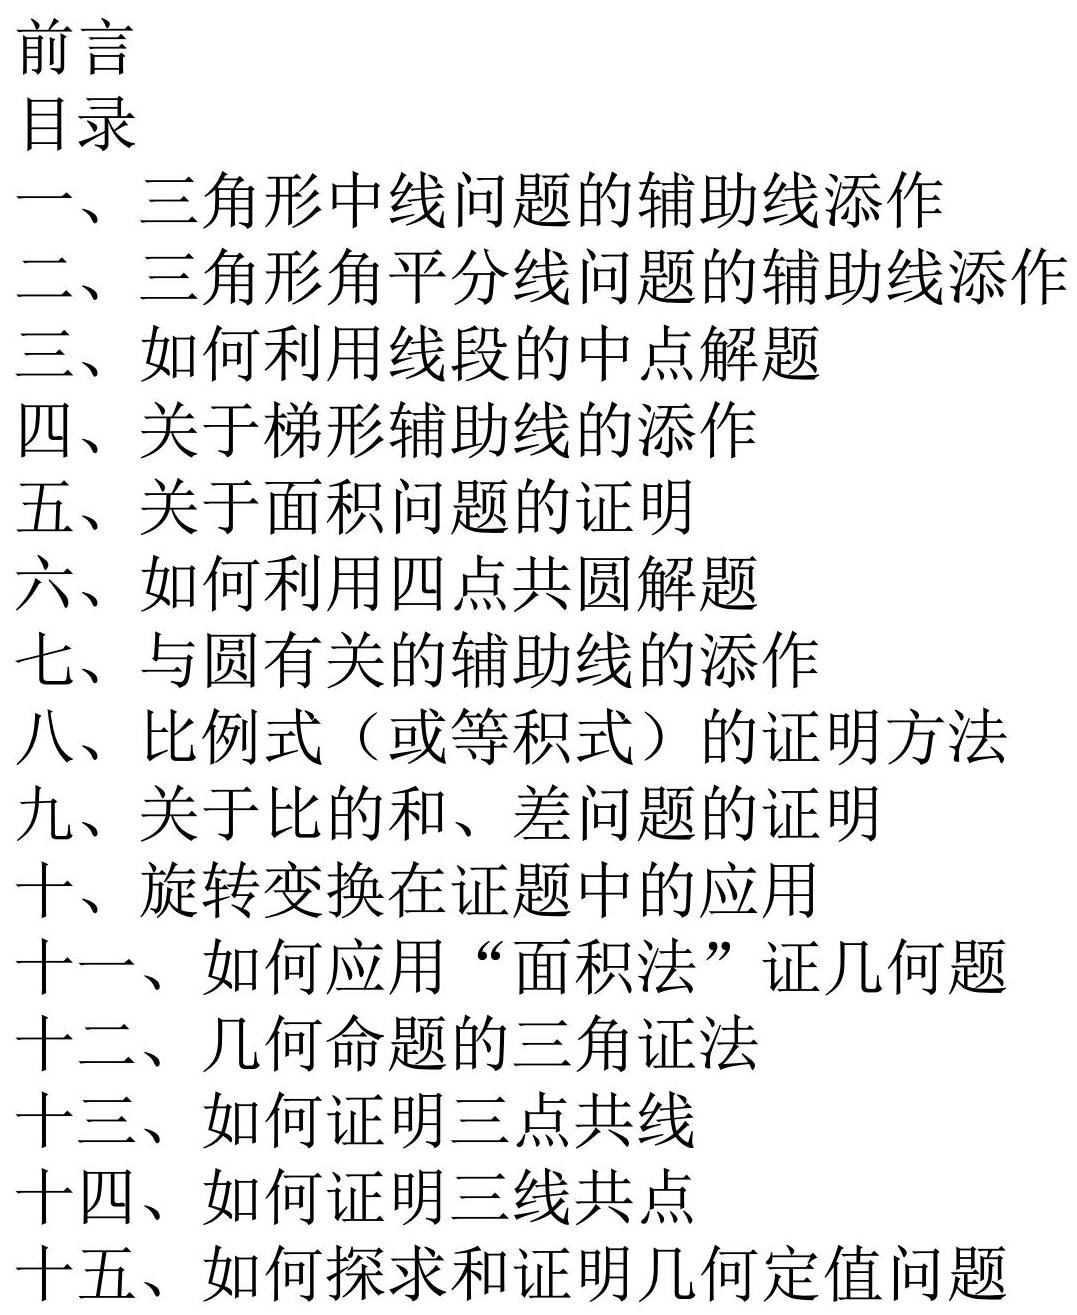
前言
目录
一、三角形中线问题的辅助线添作
二、三角形角平分线问题的辅助线添作
三、如何利用线段的中点解题
四、关于梯形辅助线的添作
五、关于面积问题的证明
六、如何利用四点共圆解题
七、与圆有关的辅助线的添作
八、比例式（或等积式）的证明方法
九、关于比的和、差问题的证明
十、旋转变换在证题中的应用
十一、如何应用“面积法”证几何题
十二、几何命题的三角证法
十三、如何证明三点共线
十四、如何证明三线共点
十五、如何探求和证明几何定值问题